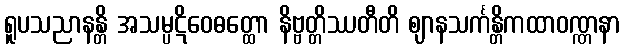
ရူပသညာနန္တိ အသမ္ပဋိဝေဓတ္ထော နိဗ္ဗတ္တိဿတီတိ ဈာနသင်္ကန္တိကထာဝဏ္ဏနာ